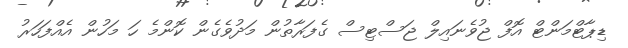
ޑިޕާޓްމަންޓް އޮފް ޖުވެނައިލް ޖަސްޓިސް ގެފަރާތުން މަދުވެގެން ކޮންމެ ހަ މަހުން އެއްފަހަރު